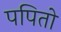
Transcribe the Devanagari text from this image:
पपितो